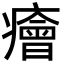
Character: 癐